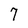
Character: 7